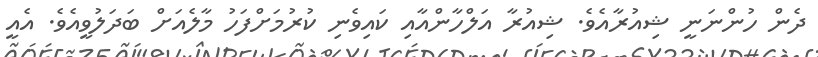
ދެން ހުންނަނީ ޝިއުރާއެވެ. ޝިއުރާ އަލްހާންއާއި ކައިވެނި ކުރުމަށްފަހު މާލެއަށް ބަދަލުވީއެވެ. އެއީ